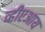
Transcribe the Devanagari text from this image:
व्हीएआय